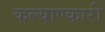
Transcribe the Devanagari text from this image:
कल्याण्कारी